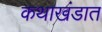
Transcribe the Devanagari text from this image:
कथाखंडात